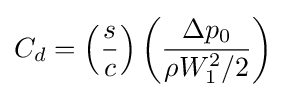
C_{d}=\left({\frac {s}{c}}\right)\left({\frac {\Delta p_{0}}{\rho W_{1}^{2}/2}}\right)